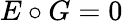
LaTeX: E\circ G=0